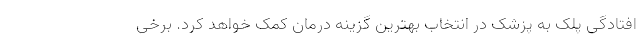
افتادگی پلک به پزشک در انتخاب بهترین گزینه درمان کمک خواهد کرد. برخی